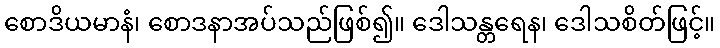
စောဒိယမာနံ၊ စောဒနာအပ်သည်ဖြစ်၍။ ဒေါသန္တရေန၊ ဒေါသစိတ်ဖြင့်။